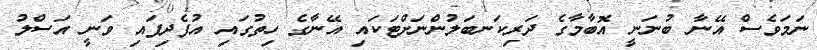
ނަމަވެސް އޭނާ ބުނަނީ އޮބާމާގެ ދަރިކަނބަލުންނަށްޓަކައި އޭނާގެ ހިތުގައި އުފެދިފައި ވަނީ އަސްލު